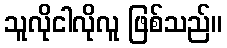
သူလိုငါလိုလူ ဖြစ်သည်။